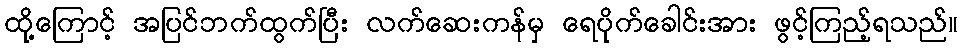
ထို့ကြောင့် အပြင်ဘက်ထွက်ပြီး လက်ဆေးကန်မှ ရေပိုက်ခေါင်းအား ဖွင့်ကြည့်ရသည်။